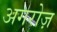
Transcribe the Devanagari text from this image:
अगरोज़